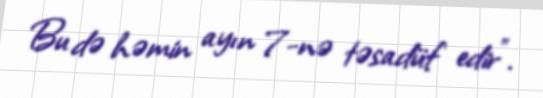
Bu də həmin ayın 7-nə təsadüf edir”.